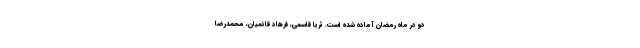
دو در ماه رمضان آماده شده است. ثریا قاسمی، فرهاد قائمیان، محمدرضا